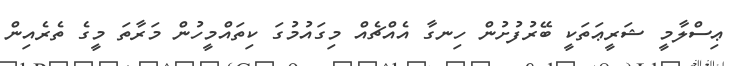
ޢިސްލާމީ ޝަރީޢަތަކީ ބޭރުފުށުން ހިނގާ އެއްޗެއް މިގައުމުގަ ކިތައްމީހުން މަރާތަ މީގެ ތެރެއިން